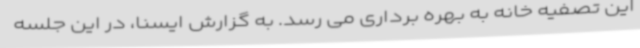
این تصفیه خانه به بهره برداری می رسد. به گزارش ایسنا، در این جلسه